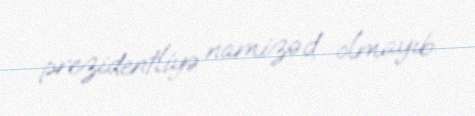
prezidentliyə namizəd olmayıb.